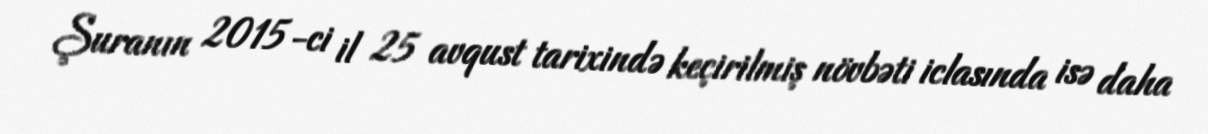
Şuranın 2015-ci il 25 avqust tarixində keçirilmiş növbəti iclasında isə daha